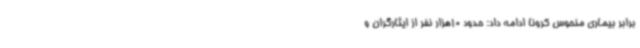
برابر بیماری منحوس کرونا ادامه داد: حدود 10هزار نفر از ایثارگران و